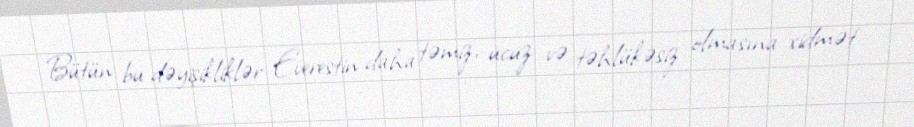
Bütün bu dəyişikliklər Everestin daha təmiz, ucuz və təhlükəsiz olmasına xidmət